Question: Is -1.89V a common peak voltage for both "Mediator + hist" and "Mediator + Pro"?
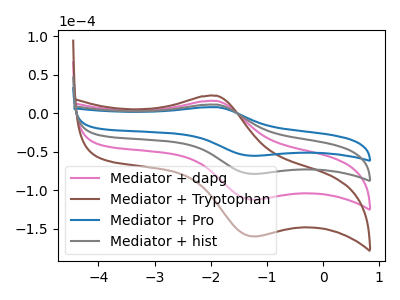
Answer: <think>The pink curve "Mediator + dapg" has an anodic peak at (-1.90V, 22.35uA) and a cathodic peak at (-1.20V, -157.65uA). The brown curve "Mediator + Tryptophan" has an anodic peak at (-1.90V, 33.55uA) and a cathodic peak at (-1.20V, -236.45uA). The blue curve "Mediator + Pro" has an anodic peak at (-1.90V, 7.85uA) and a cathodic peak at (-1.20V, -55.30uA). The gray curve "Mediator + hist" has an anodic peak at (-1.90V, 11.20uA) and a cathodic peak at (-1.20V, -78.80uA).</think>
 <answer>Yes, "Mediator + hist" and "Mediator + Pro" share a peak at -1.89V.</answer>
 <eval>match</eval>